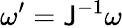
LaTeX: \omega^{\prime}=\mathsf{J}^{-1}\omega